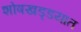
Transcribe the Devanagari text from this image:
शोषखड्डयात